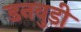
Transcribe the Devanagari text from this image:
डनवुडी